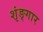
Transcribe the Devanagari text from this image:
शृंङ्गार